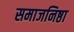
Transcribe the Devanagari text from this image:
समाजनिष्ठा